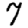
Digit: 7